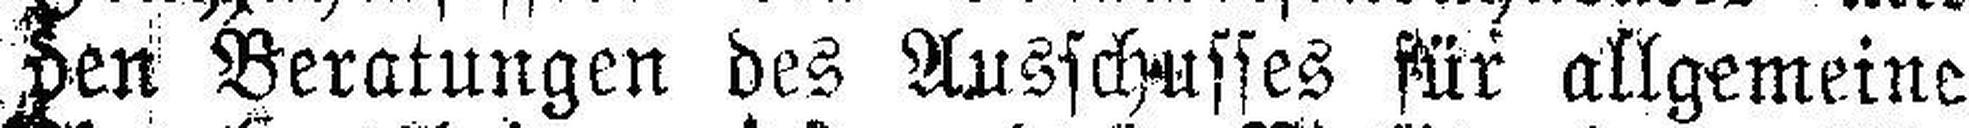
den Beratungen des Ausschusses für allgemeine